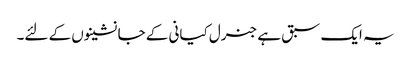
یہ ایک سبق ہے جنرل کیانی کے جانشینوں کے لئے۔